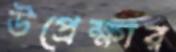
উপ্রেক্ষার